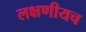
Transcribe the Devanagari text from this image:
लक्षणीयच